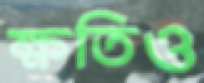
ক্ষতিও